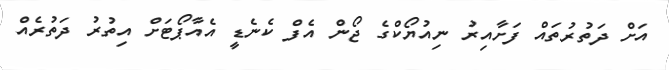
އަށް ދަތުރުތައް ފަށާއިރު ނިއުޔޯކްގެ ޖޯން އެފް ކެނެޑީ އެއާޕޯޓަށް އިތުރު ދަތުރެއް